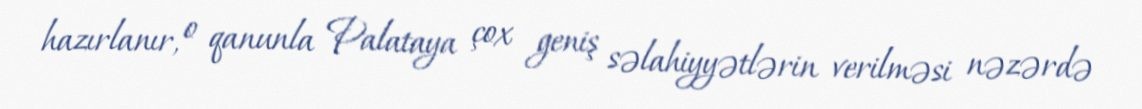
hazırlanır, o qanunla Palataya çox geniş səlahiyyətlərin verilməsi nəzərdə